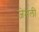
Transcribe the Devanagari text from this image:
जेमली